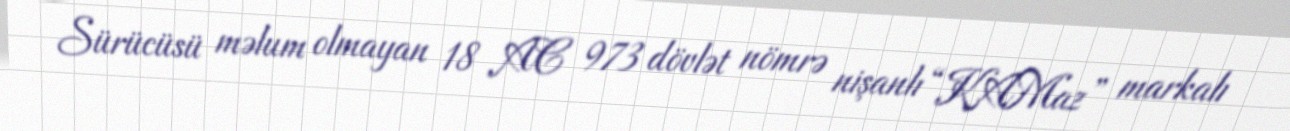
Sürücüsü məlum olmayan 18 AC 973 dövlət nömrə nişanlı “KAMaz” markalı